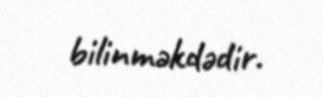
bilinməkdədir.